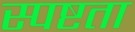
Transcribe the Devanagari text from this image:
स्‍पष्टता